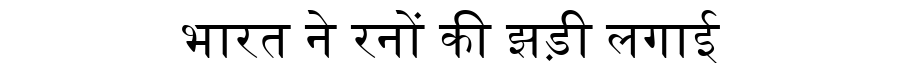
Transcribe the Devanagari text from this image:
भारत ने रनों की झड़ी लगाई